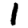
Digit: 1